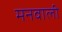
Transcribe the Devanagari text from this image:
मनवाली